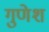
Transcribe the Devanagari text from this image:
गुणेश